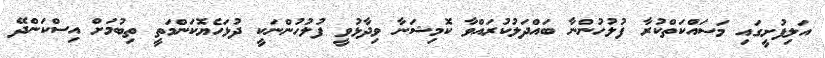
އަލިފުށީގައި މަސައްކަތްކުރާ ފުލުހުންނާ ބައްދަލުކުރައްވާ ކޮމިޝަނާ ވިދާޅުވީ ފުލުހުންނަކީ ދުޅަހެޔޮކަންމަތީ ތިބުމަށް އިސްކަންދޭ